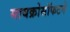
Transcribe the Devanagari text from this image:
मायक्रोसॉफटने